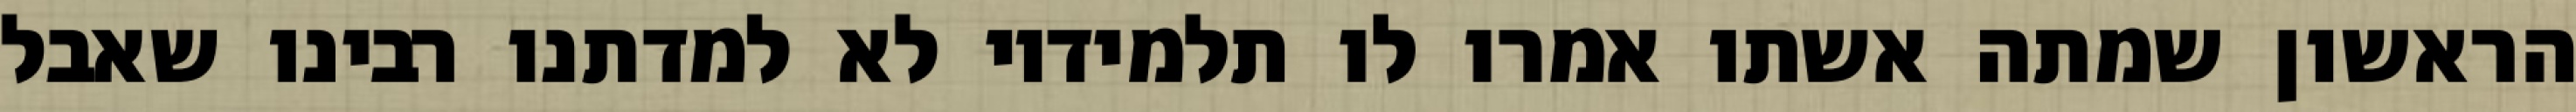
הראשון שמתה אשתו אמרו לו תלמידיו לא למדתנו רבינו שאבל